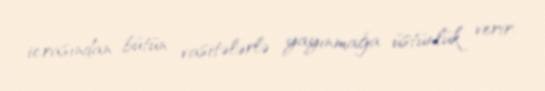
icrasından bütün vasitələrlə yayınmağa üstünlük verir.